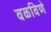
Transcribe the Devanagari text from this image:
वळविणे